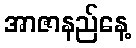
အာဇာနည်နေ့